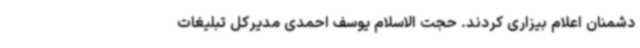
دشمنان اعلام بیزاری کردند. حجت الاسلام یوسف احمدی مدیرکل تبلیغات